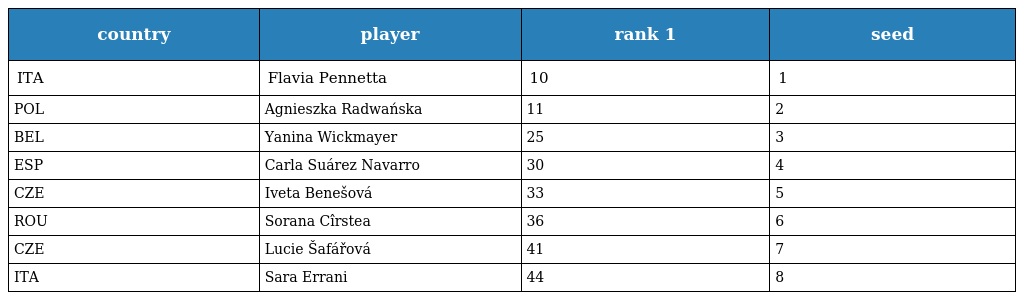
| country | player | rank 1 | seed |
 | --- | --- | --- | --- |
 | ITA | Flavia Pennetta | 10 | 1 |
 | POL | Agnieszka Radwańska | 11 | 2 |
 | BEL | Yanina Wickmayer | 25 | 3 |
 | ESP | Carla Suárez Navarro | 30 | 4 |
 | CZE | Iveta Benešová | 33 | 5 |
 | ROU | Sorana Cîrstea | 36 | 6 |
 | CZE | Lucie Šafářová | 41 | 7 |
 | ITA | Sara Errani | 44 | 8 |